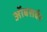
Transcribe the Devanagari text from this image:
ऑबसर्वर